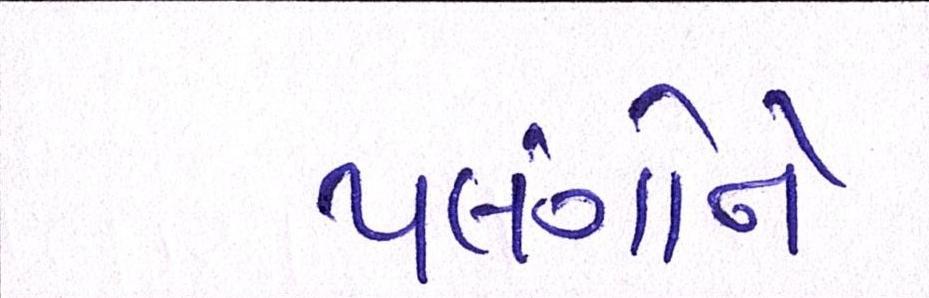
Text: પલંગોને